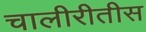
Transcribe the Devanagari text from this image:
चालीरीतीस